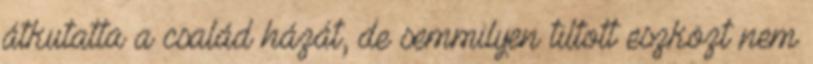
átkutatta a család házát, de semmilyen tiltott eszközt nem